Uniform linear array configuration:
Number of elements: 16
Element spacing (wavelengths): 0.5
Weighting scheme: kaiser
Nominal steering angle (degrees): -45
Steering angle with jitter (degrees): -46.316
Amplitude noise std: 0.05
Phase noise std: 0.05

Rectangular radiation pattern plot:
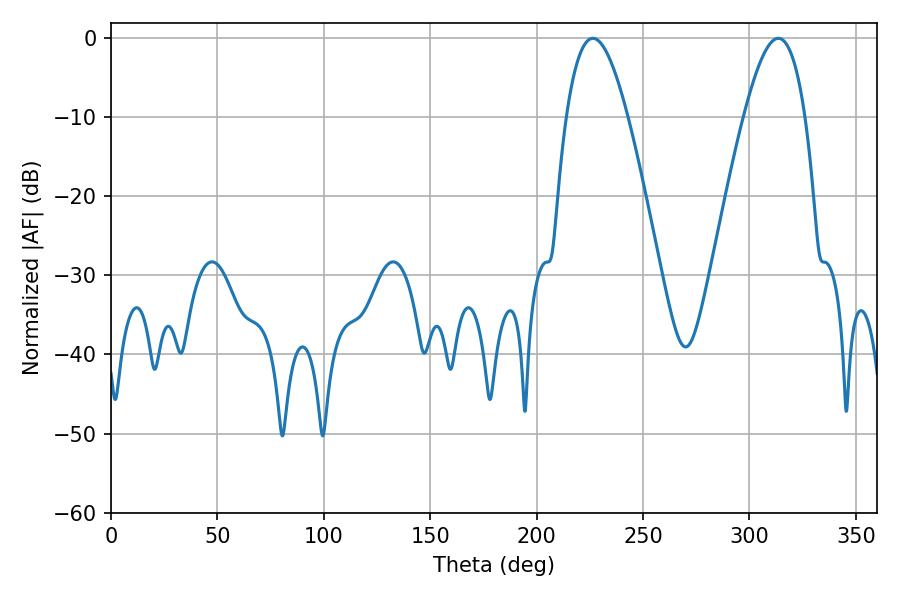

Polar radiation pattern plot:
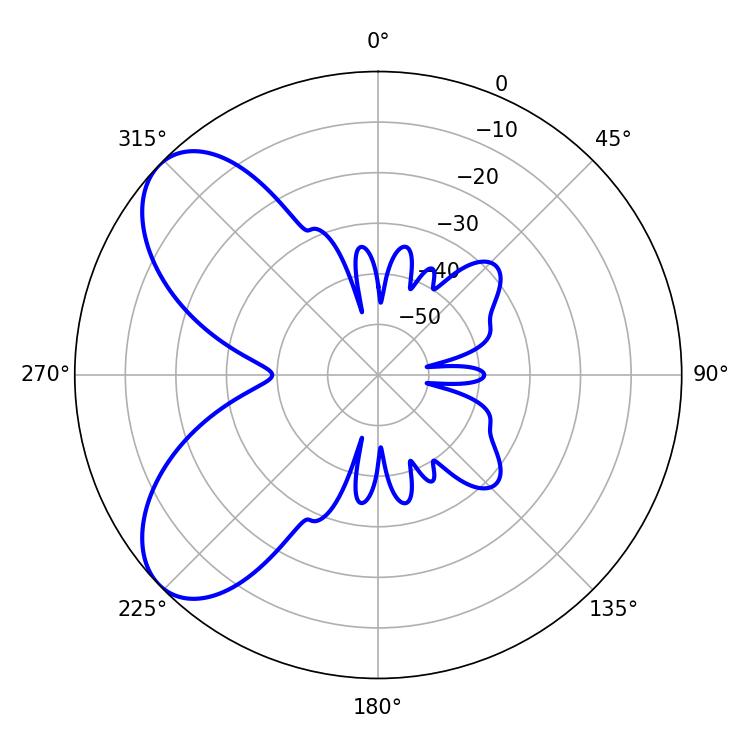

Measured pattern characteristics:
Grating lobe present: FALSE
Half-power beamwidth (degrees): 15.66
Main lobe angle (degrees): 226.44